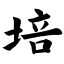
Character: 培